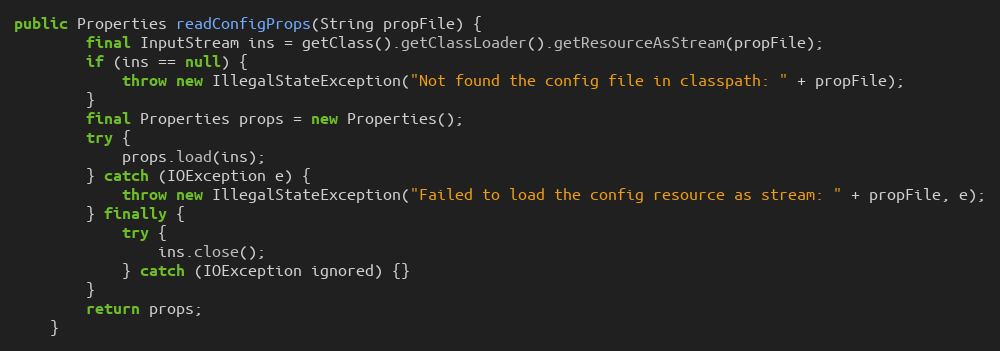
Language: Java
public Properties readConfigProps(String propFile) {
        final InputStream ins = getClass().getClassLoader().getResourceAsStream(propFile);
        if (ins == null) {
            throw new IllegalStateException("Not found the config file in classpath: " + propFile);
        }
        final Properties props = new Properties();
        try {
            props.load(ins);
        } catch (IOException e) {
            throw new IllegalStateException("Failed to load the config resource as stream: " + propFile, e);
        } finally {
            try {
                ins.close();
            } catch (IOException ignored) {}
        }
        return props;
    }